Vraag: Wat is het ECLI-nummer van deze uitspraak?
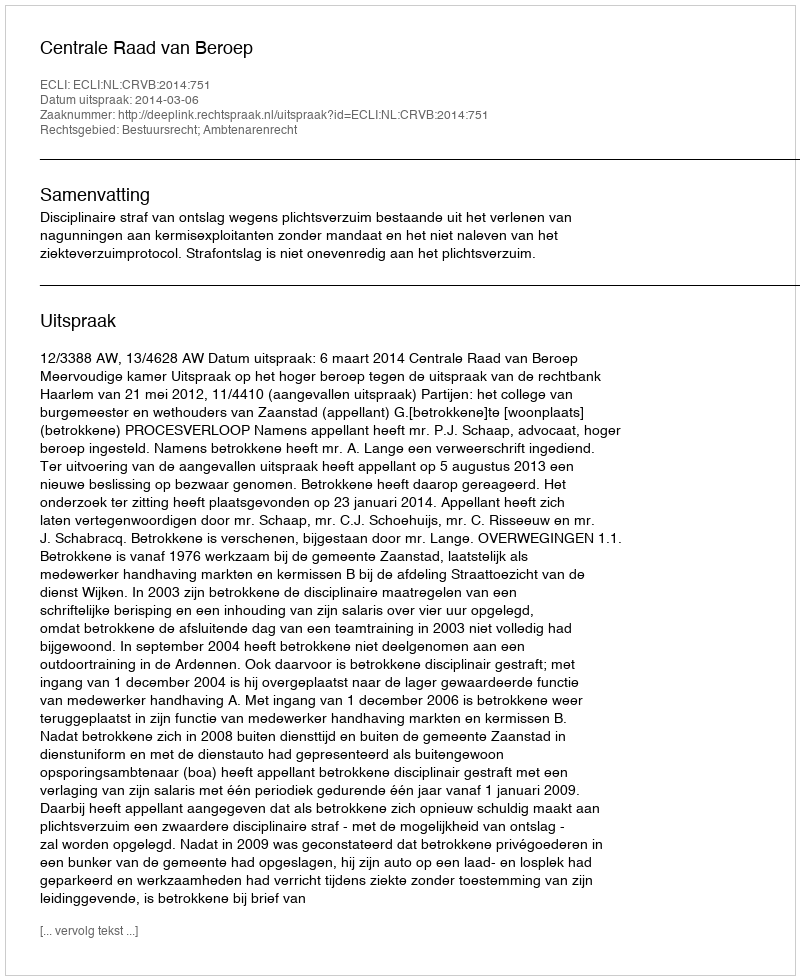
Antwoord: ECLI:NL:CRVB:2014:751